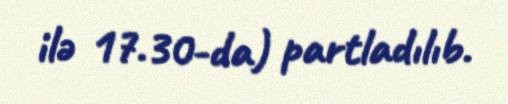
ilə 17.30-da) partladılıb.